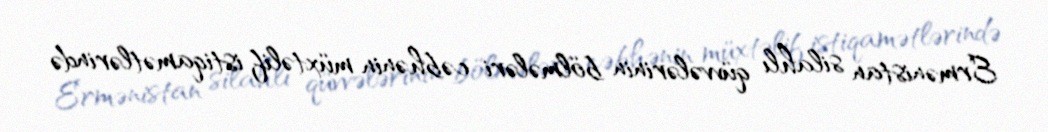
Ermənistan silahlı qüvvələrinin bölmələri cəbhənin müxtəlif istiqamətlərində